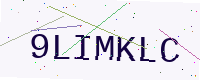
Text: 9LIMKLC